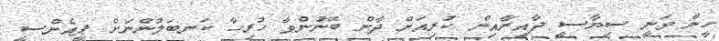
ހީނާ ވަނީ ސިޔާސީ ދާއިރާއިން ކުރިއަށް ދާން ބޭނުންވާ ހުރިހާ ކަނބަލުންނަށް ޕީއެންސީ